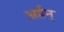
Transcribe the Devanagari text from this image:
अर्हन्